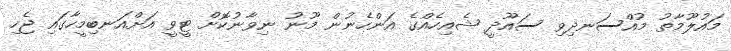
މައުލޫމާތު މުއްސަނދިވި ސައޫދީ ޝެއިހެއްގެ އަންހެނުން މޫނު ނިވާނުކޮށް ޓީވީ އަށްއަނބިމީހާގައި ޖެހި